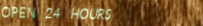
OPEN 24 HOURS